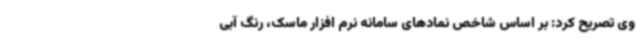
وی تصریح کرد: بر اساس شاخص نمادهای سامانه نرم افزار ماسک، رنگ آبی